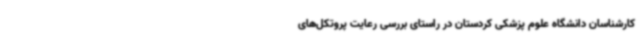
کارشناسان دانشگاه علوم پزشکی کردستان در راستای بررسی رعایت پروتکل‌های